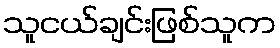
သူငယ်ချင်းဖြစ်သူက